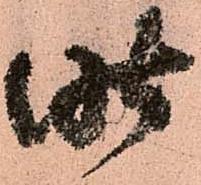
昨